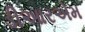
ડીઆરએમ